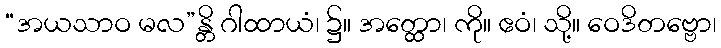
“အယသာဝ မလ”န္တိ ဂါထာယံ၊ ၌။ အတ္ထော၊ ကို။ ဧဝံ၊ သို့။ ဝေဒိတဗ္ဗော၊